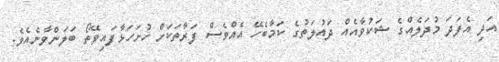
އަދި އެފަދަ މުދަލެއްގެ ޝަކުވާއެއް ދައުލަތުގެ ކަމާބެހޭ އެއްވެސް ފަރާތަކަށް ހުށަހަޅާފައިވޭތޯ ބަލަންވާނެއެވެ.